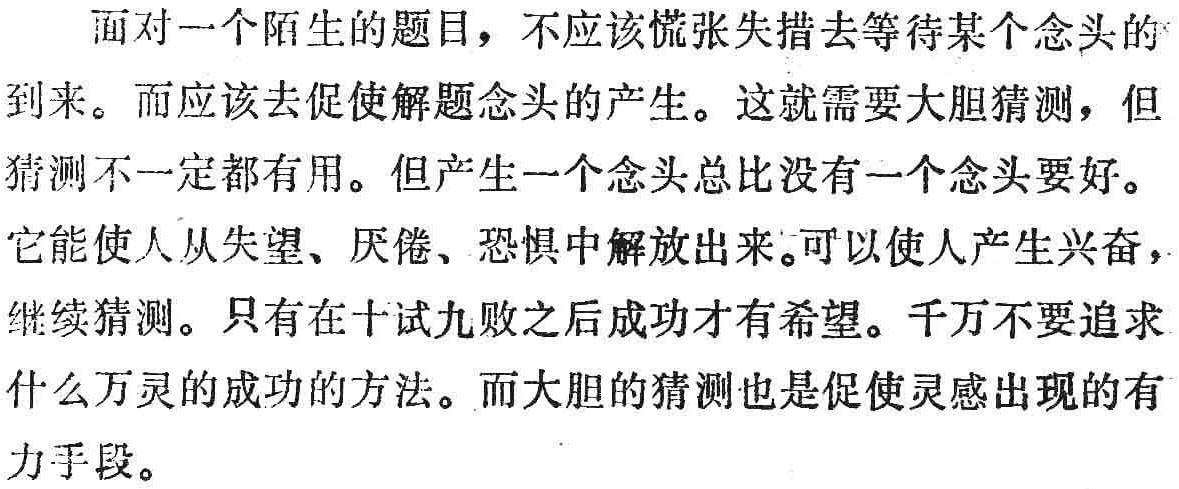
面对一个陌生的题目，不应该慌张失措去等待某个念头的到来。而应该去促使解题念头的产生。这就需要大胆猜测，但猜测不一定都有用。但产生一个念头总比没有一个念头要好。它能使人从失望、厌倦、恐惧中解放出来。可以使人产生兴奋，继续猜测。只有在十试九败之后成功才有希望。千万不要追求什么万灵的成功的方法。而大胆的猜测也是促使灵感出现的有力手段。